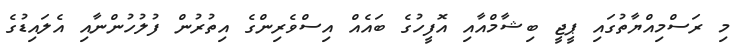
މި ރަސްމިއްޔާތުގައި ޕީޖީ ބިޝާމްއާއި އޮފީހުގެ ބައެއް އިސްވެރިންގެ އިތުރުން ފުލުހުންނާއި އެލައިޑުގެ